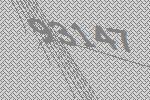
93147